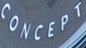
CONCEPT